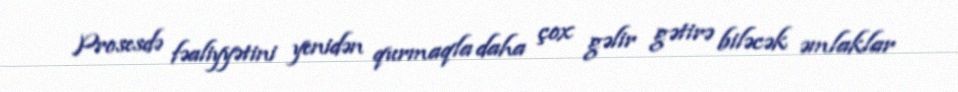
Prosesdə fəaliyyətini yenidən qurmaqla daha çox gəlir gətirə biləcək əmlaklar